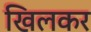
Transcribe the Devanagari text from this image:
खिलकर